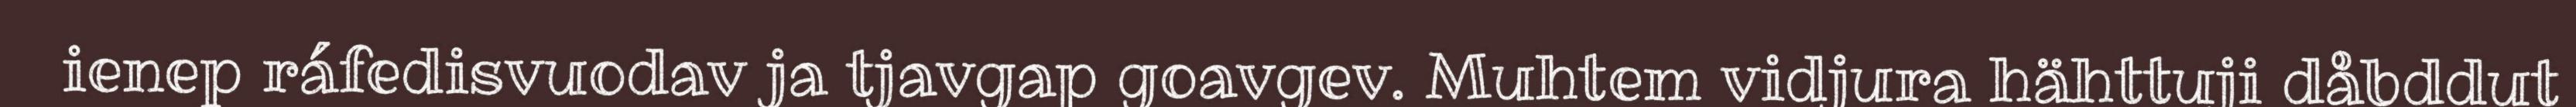
ienep ráfedisvuodav ja tjavgap goavgev. Muhtem vidjura hähttuji dåbddut